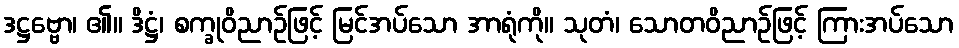
ဒဋ္ဌဗ္ဗော၊ ၏။ ဒိဋ္ဌံ၊ စက္ခုဝိညာဉ်ဖြင့် မြင်အပ်သော အာရုံကို။ သုတံ၊ သောတဝိညာဉ်ဖြင့် ကြားအပ်သော